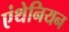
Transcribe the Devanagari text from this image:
एंथेनियन